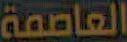
العاصمة